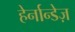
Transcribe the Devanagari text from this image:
हेर्नान्डेज़